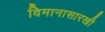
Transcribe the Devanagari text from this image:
विमानासारखी